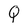
Character: Q